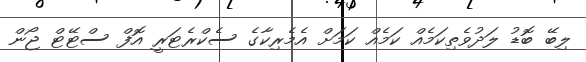
ލިބޭ ބޮޑު ލަދުވެތިކަމެއް ކަމެއް ކަމަށް އެމެރިކާގެ ސެކްރެޓަރީ އޮފް ސްޓޭޓް ޖޯން